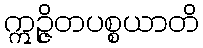
ဣဉ္ဇိတပစ္စယာတိ